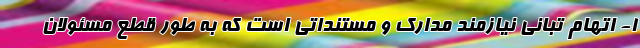
۱- اتهام تبانی نیازمند مدارک و مستنداتی است که به طور قطع مسئولان